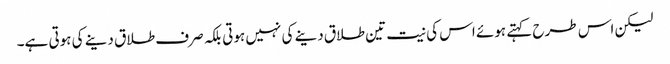
لیکن اس طرح کہتے ہوئے اس کی نیت تین طلاق دینے کی نہیں ہوتی بلکہ صرف طلاق دینے کی ہوتی ہے۔